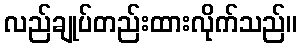
လည်ချုပ်တည်းထားလိုက်သည်။